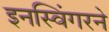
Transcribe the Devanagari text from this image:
इनस्विंगरने